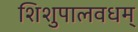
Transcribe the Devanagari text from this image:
शिशुपालवधम्